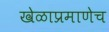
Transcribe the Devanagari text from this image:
खेळाप्रमाणेच